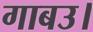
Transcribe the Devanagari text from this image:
गाबउ।